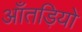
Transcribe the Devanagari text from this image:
आँतड़ियों